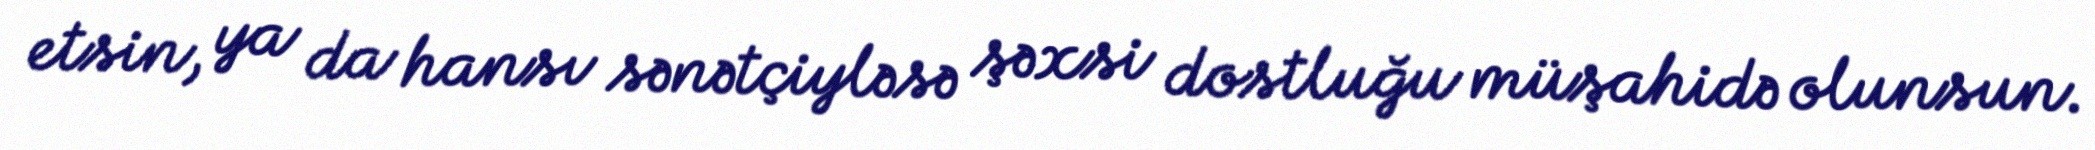
etsin, ya da hansı sənətçiyləsə şəxsi dostluğu müşahidə olunsun.